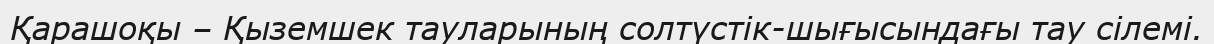
Қарашоқы – Қыземшек тауларының солтүстік-шығысындағы тау сілемі.